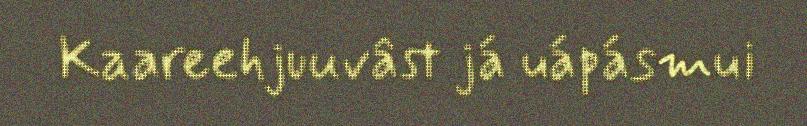
Kaareehjuuvâst já uápásmui